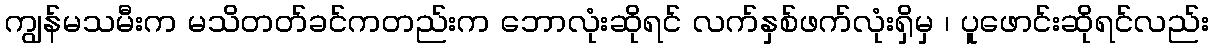
ကျွန်မသမီးက မသိတတ်ခင်ကတည်းက ဘောလုံးဆိုရင် လက်နှစ်ဖက်လုံးရှိမှ ၊ ပူဖောင်းဆိုရင်လည်း